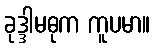
ခုဒ္ဒါမဓုက ကူပမာ။